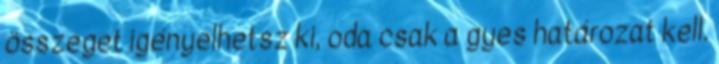
összeget igényelhetsz ki, oda csak a gyes határozat kell.